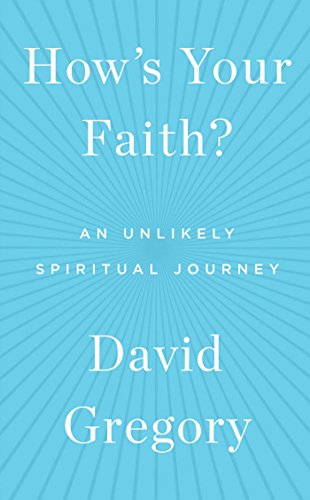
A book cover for How's Your Faith?: An Unlikely Spiritual Journey; David Gregory; Self-Help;